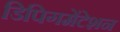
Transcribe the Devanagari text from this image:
डिपिगमेंटेशन